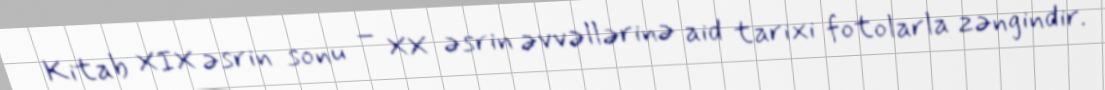
Kitab XIX əsrin sonu – XX əsrin əvvəllərinə aid tarixi fotolarla zəngindir.